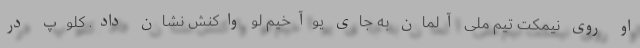
او روی نیمکت تیم ملی آلمان به جای یوآخیم لو واکنش نشان داد. کلوپ در